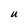
Character: u